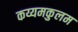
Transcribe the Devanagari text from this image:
कय्यमकुलम